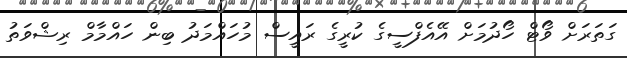
ގަތަރަށް ވޯޓް ހޯދުމަށް އޭއެފްސީގެ ކުރީގެ ރައީސް މުހައްމަދު ބިން ހައްމާމް ރިޝްވަތު